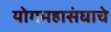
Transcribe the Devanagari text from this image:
योगमहासंघाचे